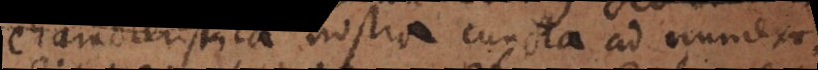
characteristica nostra cuncta ad numeros.